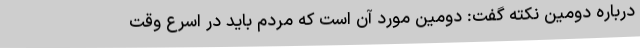
درباره دومین نکته گفت: دومین مورد آن است که مردم باید در اسرع وقت